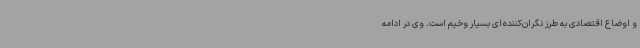
و اوضاع اقتصادی به طرز نگران‌کننده‌ای بسیار وخیم است. وی در ادامه